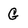
Character: G